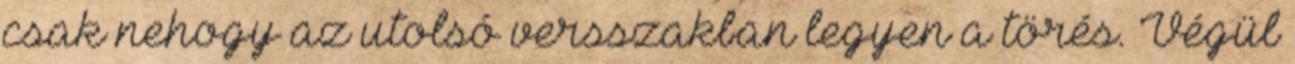
csak nehogy az utolsó versszakban legyen a törés. Végül